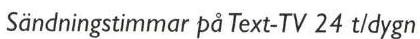
Sändningstimmar på Text-TV 24 t/dygn